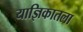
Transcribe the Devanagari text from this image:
याज्ञिकातला